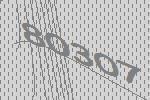
80307